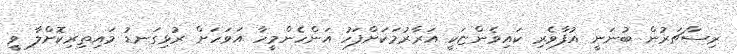
ރިސާޗަރުން ބުނަނީ އުފާވެރި ކައިވެންޏަކީ އަރާރުމަކަށްފަހު އަންހެންމީހާ އަވަހަށް ރުޅިގަނޑު މައިތިރިކޮށްލާ ވީ